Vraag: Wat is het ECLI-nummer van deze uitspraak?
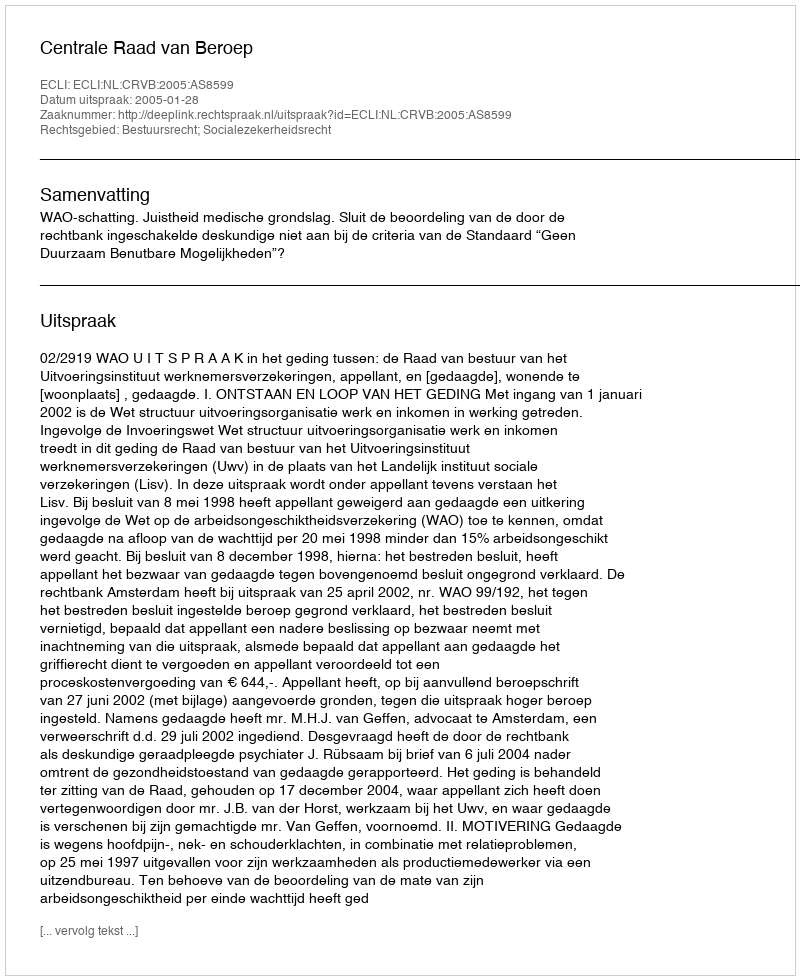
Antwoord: ECLI:NL:CRVB:2005:AS8599